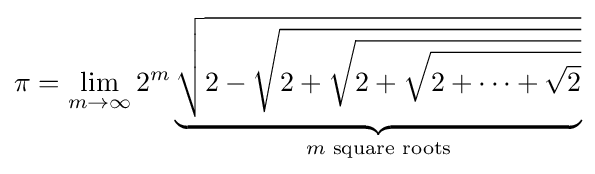
\pi =\lim _{m\to \infty }2^{m}\underbrace {\sqrt {2-{\sqrt {2+{\sqrt {2+{\sqrt {2+\cdots +{\sqrt {2}}}}}}}}}} _{m{\text{ square roots}}}